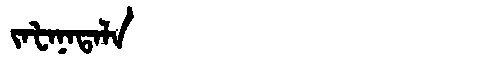
Manchu: ᠵᠠᡶᠠᠨᠠᡨᠠᠯᠠ
Romanization: JAFANATALA